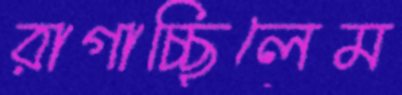
রাগাচ্ছিলেম